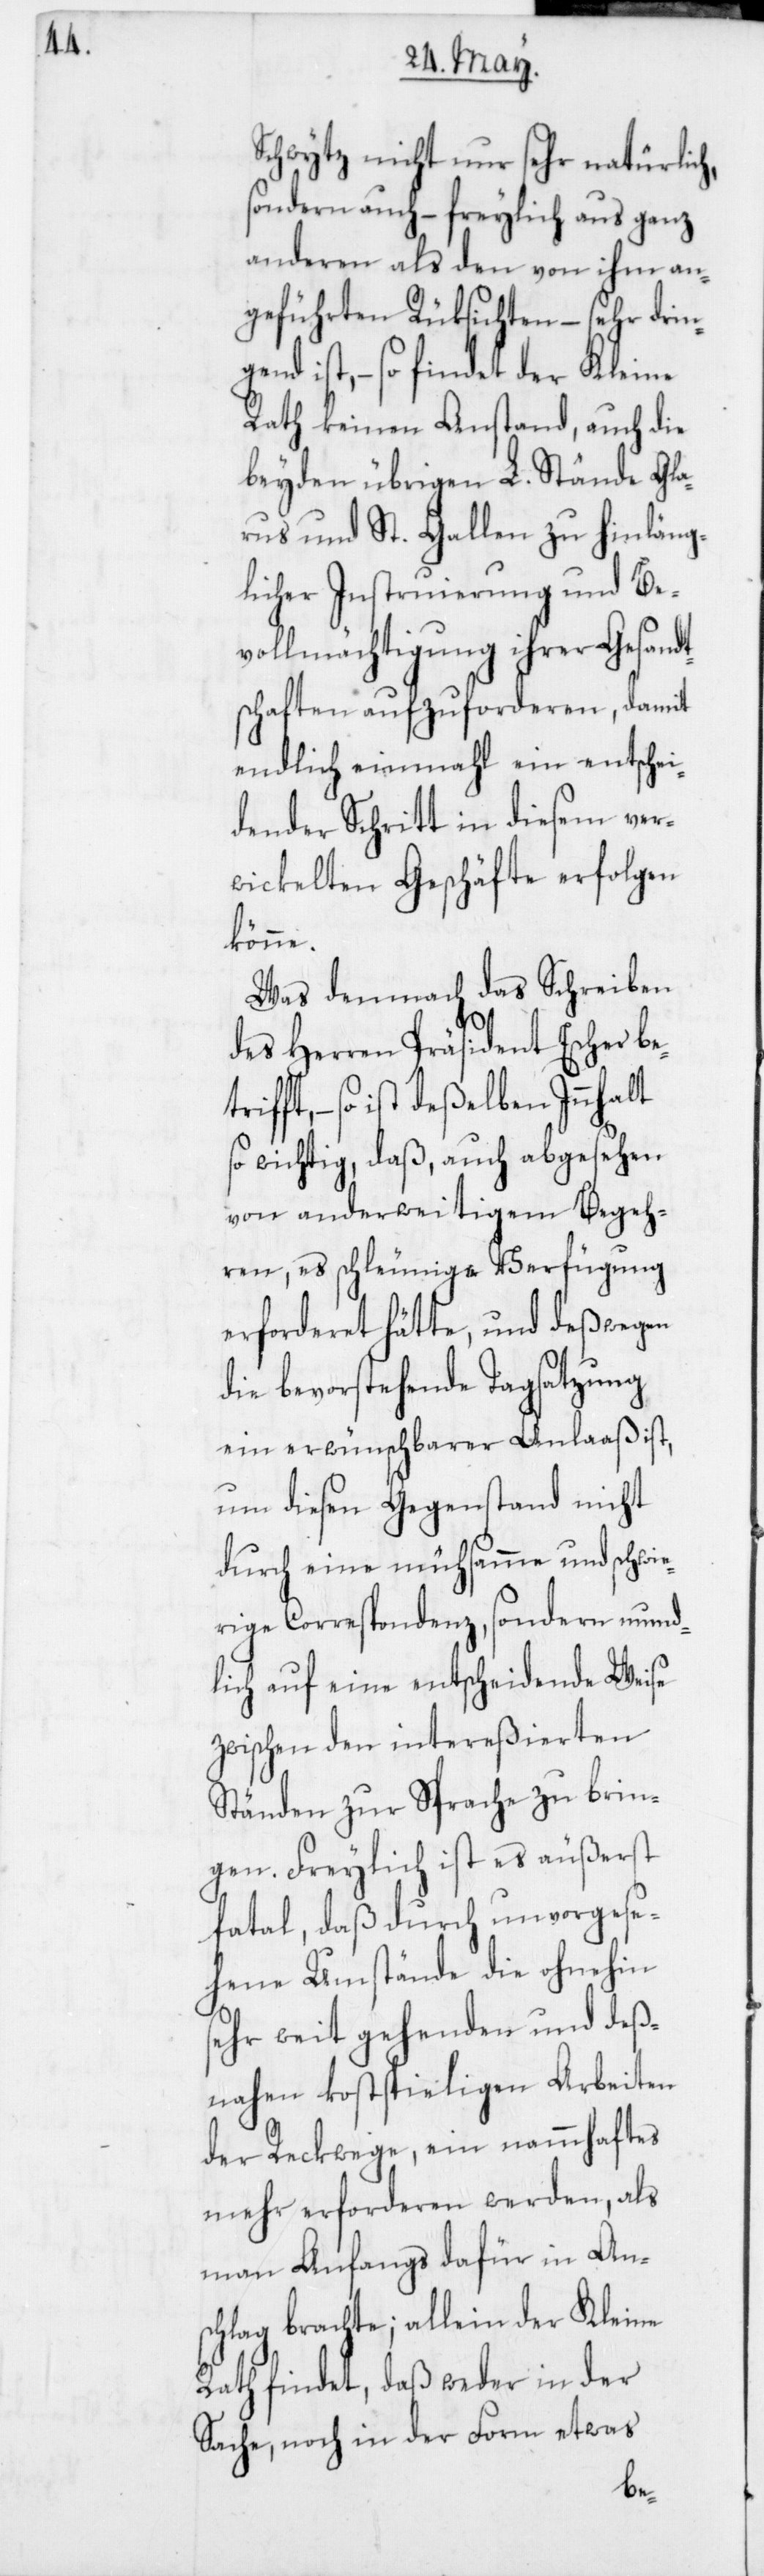
Schwytz nicht nur sehr natürlich,
sondern auch – freylich aus ganz
anderen als den von ihm an¬
geführten Rüksichten – sehr drin¬
ist, – so findet der Kleine
Rath keinen Anstand, auch die
beiden übrigen L. Stände Gla¬
rus und St. Gallen zu hinläng¬
licher Instruierung und Be¬
vollmächtigung ihrer Gesandt¬
schaften aufzuforderen, damit
endlich einmahl ein entschei¬
dender Schritt in diesem ver¬
wickelten Geschäfte erfolgen
könne.
Was demnach das Schreiben
des Herren Präsident Escher be¬
fft, – so ist deßelben Innhalt
so wichtig, daß auch abgesehen
von anderweitigem Begeh¬
ren, es schleunige Verfügung
erforderet hätte, und deßwegen
die bevorstehende Tagsatzung
ein erwünschbarer Anlaaß ist,
um diesen Gegenstand nicht
durch eine mühsamme und schwie¬
rige Correspondenz, sondern mund¬
lich auf eine entscheidende Weise
zwischen den intereßierten
Ständen zur Sprache zu brin¬
gen. Freylich ist es äußerst
fatal, daß durch unvorgese¬
hene Umstände die ohnehin
sehr weit gehenden und deß¬
nahen kostspieligen Arbeiten
der Reckwege, ein nammhaftes
Mehr erforderen werden, als
man Anfangs dafür in An¬
schlag brachte; allein der Kleine
Rath findet, daß weder in der
Sache noch in der Form etwas
tri¬